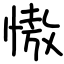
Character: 慠